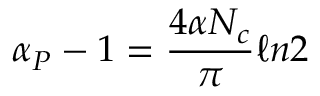
\alpha _ { P } - 1 = { \frac { 4 \alpha N _ { c } } { \pi } } \ell n 2